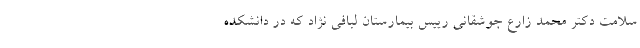
سلامت دکتر محمد زارع جوشقانی رییس بیمارستان لبافی نژاد که در دانشکده